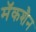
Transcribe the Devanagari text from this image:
मॅकशैन